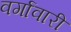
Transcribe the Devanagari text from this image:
वर्गावारी